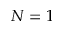
N = 1